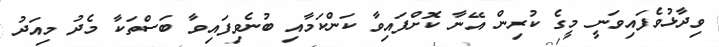
ވިދާޅުވެފައިވަނީ މީގެ ކުރިން އޭނާ ކޮށްފައިވާ ކަންކަމާއި ބުނެވިފައިވާ ބަސްތަކާ މެދު މިއަދު